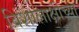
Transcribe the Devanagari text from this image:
विशालाक्षीच्या